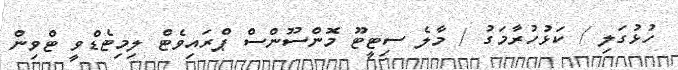
ހުޅުގަލި / ކަޅުހުރާމަގު / މާލެ ސިޓީޓޫ މޮންސޫންސް ޕްރައިވެޓް ލިމިޓެޑްވީ ޓްވިން